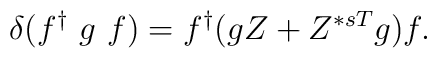
\delta (f^{\dag}~g~f) =    f^{\dag} (g Z + Z^{*sT} g) f .